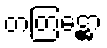
တတြဋ္ဌော